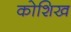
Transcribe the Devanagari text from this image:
कोशिख